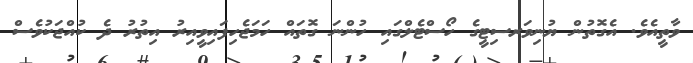
ވާތީއެވެ. އެގޮތުން ޔުނިވަރސިޓީގެ ހޯސްޓެލްގައި ހުންނަ ގޮތައް ހަމަޖެހިފައިވީއިރު އިތުރު ދެ ކުއްޖަކުވެސް